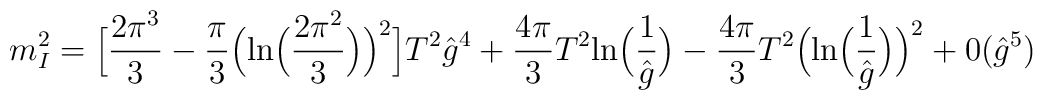
m^2_I = \Bigl[ {2\pi^3\over 3} - {\pi\over 3}\Big({\rm ln}\Big({2\pi^2\over 3}\Big)\Big)^2\Big] T^2{\hat g}^4+ {4\pi\over 3} T^2{\rm ln}\Big({1\over {\hat g}}\Big) - {4\pi\over 3} T^2\Big( {\rm ln}\Big({1\over {\hat g}}\Big)\Big)^2+ 0({\hat g}^5)